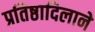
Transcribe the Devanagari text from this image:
प्रतिष्ठादिलाने